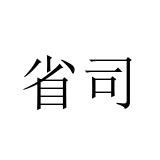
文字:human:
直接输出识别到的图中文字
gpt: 省司